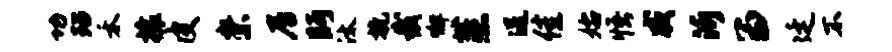
功玷禾攘皮崇居眄汰挽裁懈蒸送佳始悟威沂留廷不